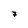
Character: 7